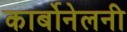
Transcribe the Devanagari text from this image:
कार्बोनेलनी